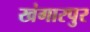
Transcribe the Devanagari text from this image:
खंगारपुर